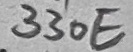
Text: 330E